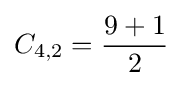
C_{4,2}={\frac {9+1}{2}}